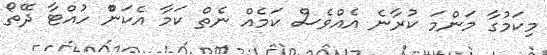
މިކަމުގާ މަންމަ ކުރާނެ އެއްވެސް ކަމެއް ނެތް ކަމާ އެކަންް ހުއްޓާ ދޭތޯ